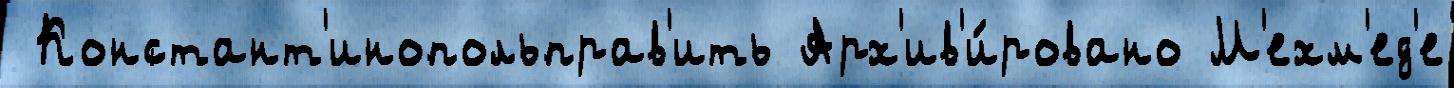
 Констант'инопольправ'ить Арх'ив'и́ровано М'ехм'ед'е